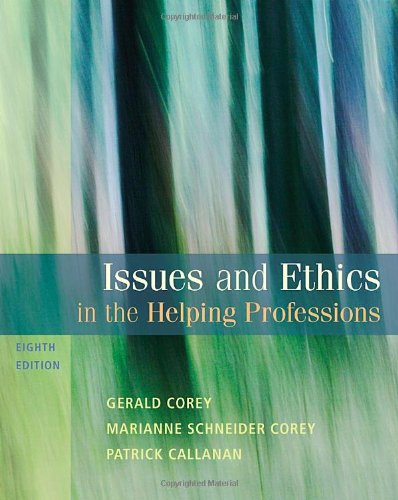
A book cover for Issues and Ethics in the Helping Professions, 8th Edition (SAB 240 Substance Abuse Issues in Client Service); Gerald Corey; Medical Books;